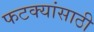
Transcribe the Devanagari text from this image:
फटक्यांसाठी